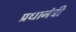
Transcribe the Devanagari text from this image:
प्रधानंत्री